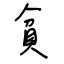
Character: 貧